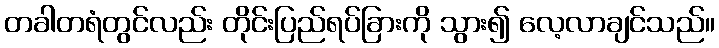
တခါတရံတွင်လည်း တိုင်းပြည်ရပ်ခြားကို သွား၍ လေ့လာချင်သည်။